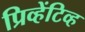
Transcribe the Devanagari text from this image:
प्रिव्हेंटिव्ह